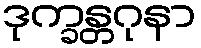
ဒုက္ခန္တဂုနာ